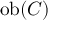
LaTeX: \operatorname { o b } ( C )